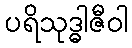
ပရိသုဒ္ဓါဇီဝါ